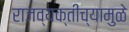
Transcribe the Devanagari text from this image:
राजव्यक्तीच्यामुळे